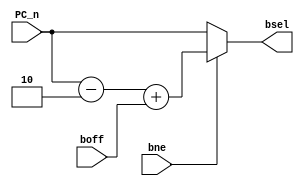
/*
* 	Nathan Chinn
* 	Minion CPU - NanoQuarter
*
*	Module:  Branch Adder
*	Inputs:  Next PC, bne flag, branch offset
*	Outputs: Bsel PC after branch selection
*	
*/

module BranchAdd(	input[4:0]		boff,   // Jump address
		 	input[31:0]		PC_n,	// next Program Counter
			input			bne,	// branch Flag
			output reg[31:0]	bsel	// Next Instruction Program Counter	
	  );

	always @(*) 
	begin
		if (bne == 1)
			bsel = PC_n - 2 + boff;	
		else
			bsel = PC_n;
	end
endmodule